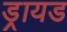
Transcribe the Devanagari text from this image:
ड्रायड